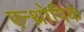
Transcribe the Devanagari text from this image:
एन्थ्रोपिक